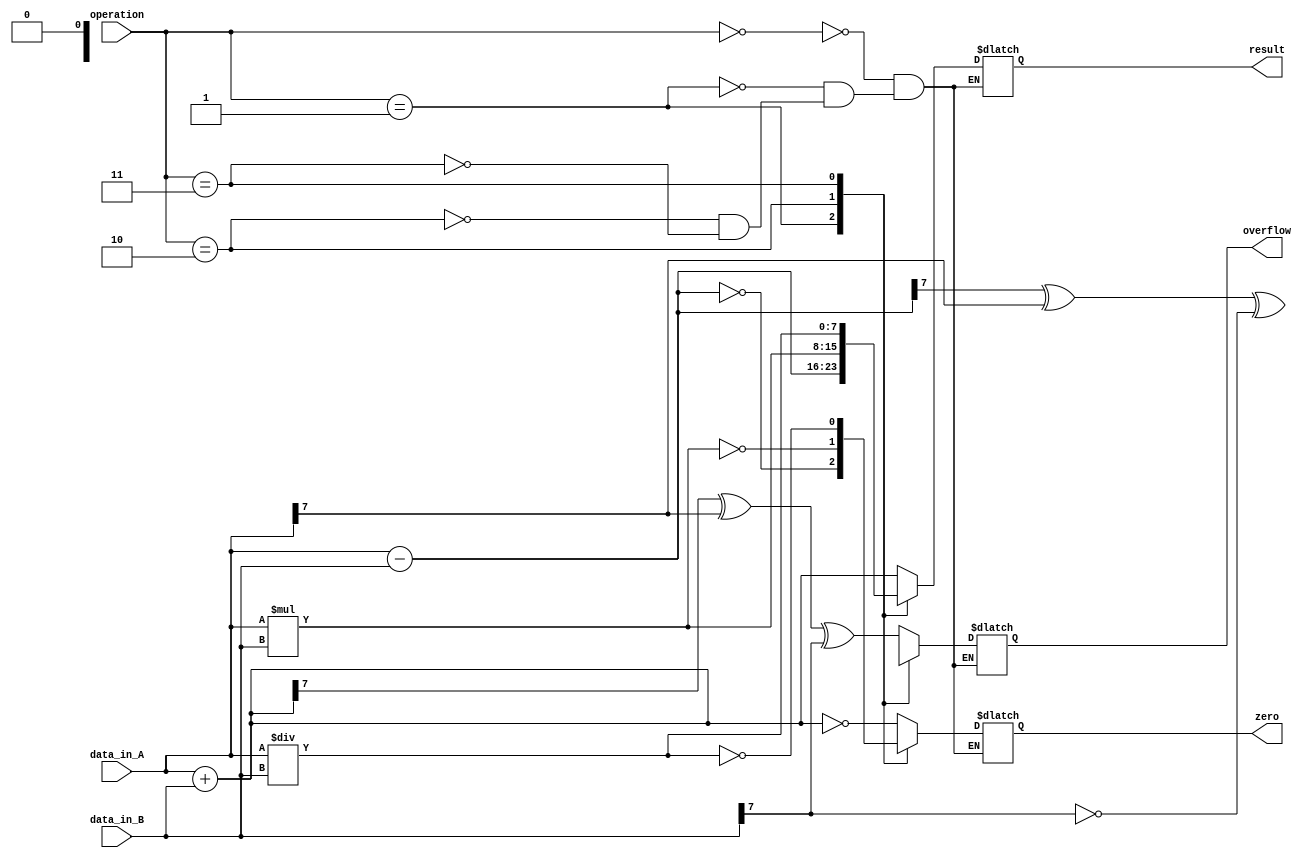
module alu (
    input [7:0] data_in_A,
    input [7:0] data_in_B,
    input [2:0] operation,
    output reg [7:0] result,
    output reg zero,
    output reg overflow
);

always @(*)
begin
    case(operation)
        3'b000: // Addition
            begin
                result = data_in_A + data_in_B;
                zero = (result == 8'b00000000);
                overflow = (result[7] ^ data_in_A[7] ^ data_in_B[7]);
            end
        
        3'b001: // Subtraction
            begin
                result = data_in_A - data_in_B;
                zero = (result == 8'b00000000);
                overflow = (result[7] ^ data_in_A[7] ^ ~data_in_B[7]);
            end
        
        3'b010: // Multiplication
            begin
                result = data_in_A * data_in_B;
                zero = (result == 8'b00000000);
                overflow = (result[15:8] != 8'b00000000);
            end
        
        3'b011: // Division
            begin
                result = data_in_A / data_in_B;
                zero = (result == 8'b00000000);
                overflow = 1'b0;
            end
    endcase
end

endmodule